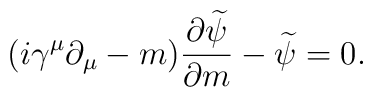
(i \gamma^\mu \partial_\mu - m)\frac{\partial \widetilde{\psi}}{\partial m} - \widetilde{\psi} = 0.